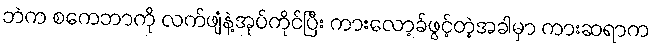
ဘဲက စကေဘာကို လက်ဖျံနဲ့အုပ်ကိုင်ပြီး ကားလော့ခ်ဖွင့်တဲ့အခါမှာ ကားဆရာက